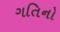
ગતિનો